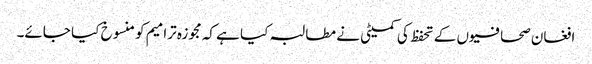
افغان صحافیوں کے تحفظ کی کمیٹی نے مطالبہ کیا ہے کہ مجوزہ ترامیم کو منسوخ کیا جائے۔